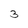
Character: 3